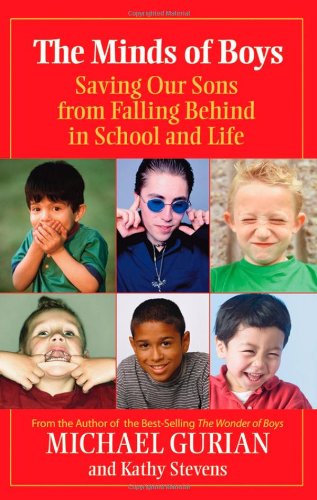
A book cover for The Minds of Boys: Saving Our Sons From Falling Behind in School and Life; Michael Gurian; Parenting & Relationships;